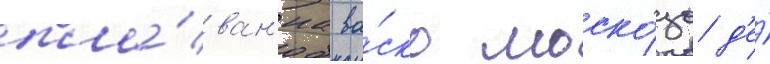
пла́ван'иа ва́ско моско́зо д'е́